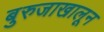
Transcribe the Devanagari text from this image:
बुरुजाखालून